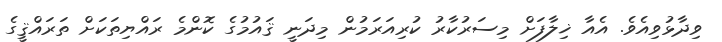
ވިދާޅުވިއެވެ. އެއާ ޚިލާފަށް މިސަރުކާރު ކުރިއަރަމުން މިދަނީ ޤައުމުގެ ކޮންމެ ރައްޔިތަކަށް ތަރައްޤީގެ